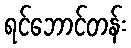
ရင်ဘောင်တန်း